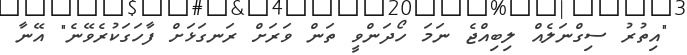
"އިތުރު ސިގްނަލެއް ލިބިއްޖެ ނަމަ ހޯދަންވީ ތަން ވަރަށް ރަނގަޅަށް ފާހަގަކުރެވޭނެ" އޭނާ